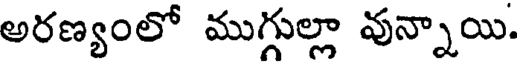
అరణ్యంలో ముగ్గుల్లా వున్నాయి.